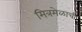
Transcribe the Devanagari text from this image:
मित्रमेळाची